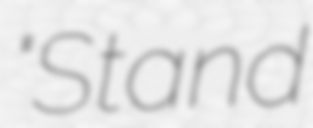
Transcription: "Stand